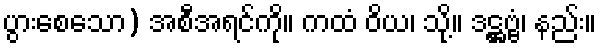
ပွားစေသော) အစီအရင်ကို။ ကထံ ဝိယ၊ သို့။ ဒဋ္ဌဗ္ဗံ၊ နည်း။